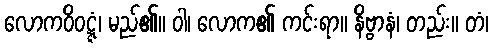
လောကဝိဝဋ္ဋံ၊ မည်၏။ ဝါ၊ လောက၏ ကင်းရာ။ နိဗ္ဗာနံ၊ တည်း။ တံ၊